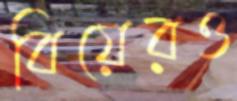
বিয়েরও